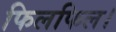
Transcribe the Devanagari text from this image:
फिलफिल।